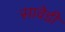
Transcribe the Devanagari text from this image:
सावेडी